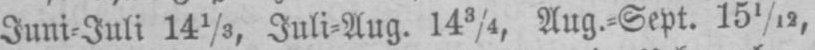
Juni⸗Juli 141/5 Juli⸗Aug. 143/4, Aug.⸗Sept. 151/12,